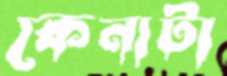
কেনাটা